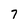
Character: 7